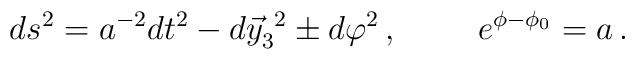
ds^{2} = a^{-2}dt^{2} -d\vec{y}^{\ 2}_{3} \pm d\varphi^{2}\, ,\hspace{1cm}e^{\phi-\phi_{0}} = a\, .